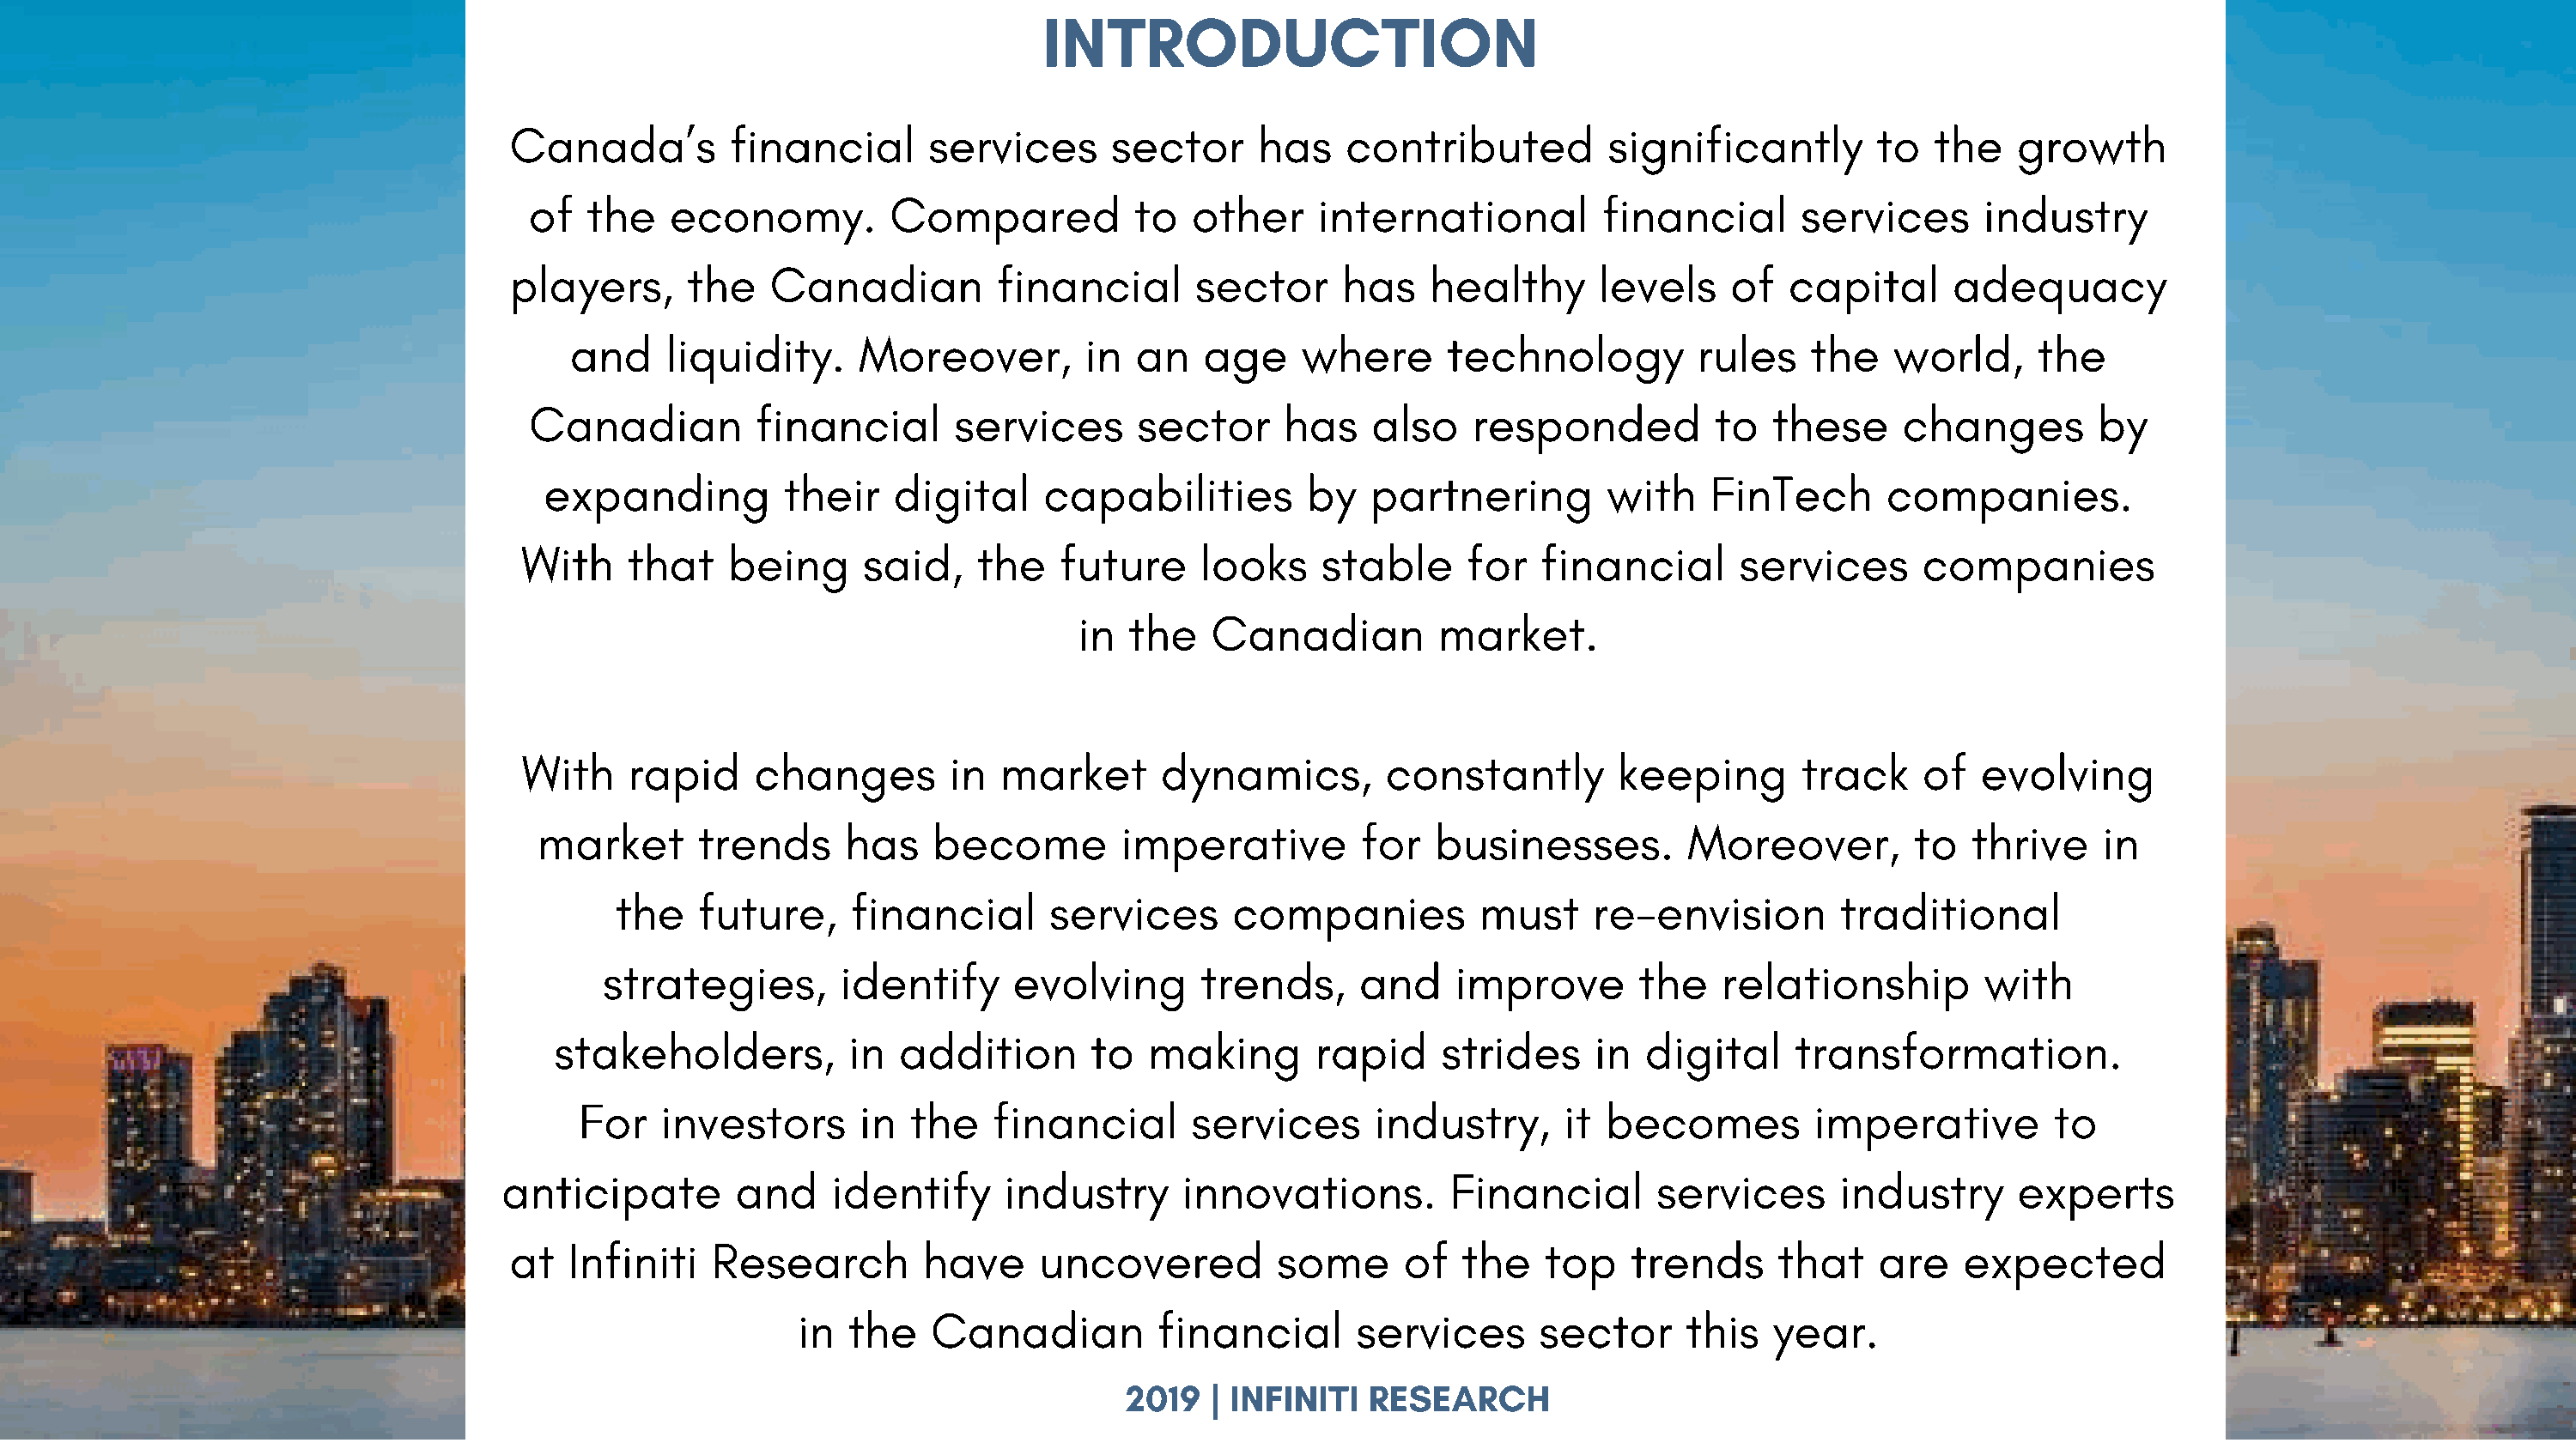
INTRODUCTION
 Canada’s         financial       services      sector     has    contributed         significantly        to  the   growth
 of  the    economy.         Compared          to   other     international         financial      services      industry
 players,      the   Canadian          financial      sector     has    healthy      levels    of   capital      adequacy
 and    liquidity.     Moreover,         in  an   age    where       technology         rules    the   world,     the
 Canadian         financial       services      sector     has    also    responded         to   these     changes        by
 expanding         their    digital    capabilities         by   partnering        with    FinTech      companies.
 With    that    being      said,   the    future     looks    stable     for   financial      services      companies
 in  the   Canadian          market.
 With    rapid     changes        in  market      dynamics,         constantly        keeping       track    of   evolving
 market       trends     has    become        imperative         for   businesses.        Moreover,         to  thrive    in
 the    future,     financial      services      companies          must     re-envision        traditional
 strategies,        identify     evolving       trends,     and    improve       the    relationship        with
 stakeholders,         in  addition       to   making      rapid     strides     in  digital    transformation.
 For   investors      in  the    financial      services      industry,      it becomes         imperative        to
 anticipate        and    identify     industry      innovations.         Financial       services      industry      experts
 at   Infiniti   Research        have     uncovered         some      of   the   top    trends     that    are   expected
 in  the    Canadian         financial       services      sector     this   year.
 2019  | INFINITI   RESEARCH